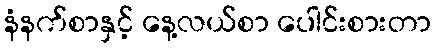
နံနက်စာနှင့် နေ့လယ်စာ ပေါင်းစားတာ